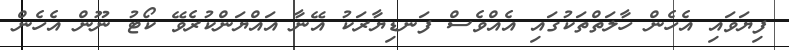
ފިޔަވައި އެހެން ހާލަތްތަކުގައި އެއްވެސް ފަނޑިޔާރަކު އޭނާ އައްޔަންކުރެވޭ ކޯޓު ނޫން އެހެން